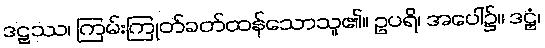
ဒဠှဿ၊ ကြမ်းကြုတ်ခတ်ထန်သောသူ၏။ ဥပရိ၊ အပေါ်၌။ ဒဠှံ၊